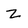
Character: Z